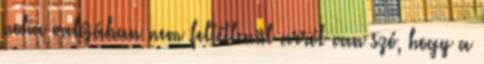
noha valójában nem feltétlenül arról van szó, hogy a